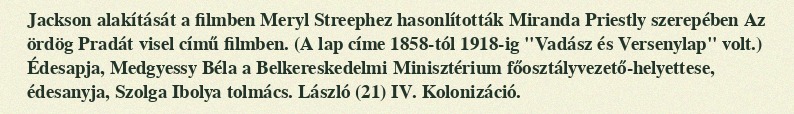
Jackson alakítását a filmben Meryl Streephez hasonlították Miranda Priestly szerepében Az ördög Pradát visel című filmben. (A lap címe 1858-tól 1918-ig "Vadász és Versenylap" volt.) Édesapja, Medgyessy Béla a Belkereskedelmi Minisztérium főosztályvezető-helyettese, édesanyja, Szolga Ibolya tolmács. László (21) IV. Kolonizáció.